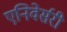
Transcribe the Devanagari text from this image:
एनिवेर्सरी